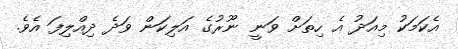
އެކަމަކު މިއަދު އެ ހިތަށް ވަނީ ނޫރުގެ އަލިކަން ވަދެ ދިއްލިފަ އެވެ.